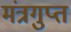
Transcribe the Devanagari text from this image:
मंत्रगुप्त